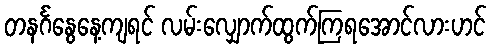
တနင်္ဂနွေနေ့ကျရင် လမ်းလျှောက်ထွက်ကြရအောင်လားဟင်